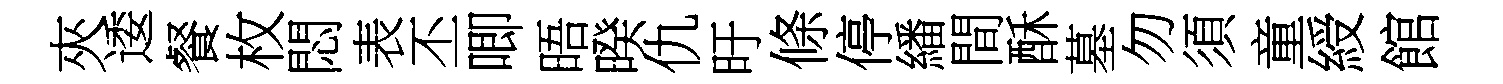
夾逶餐枚悶表丕唧晤暌仇旴條停繙間酥墓勿須童綬館